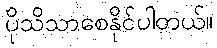
ပိုသိသာစေနိုင်ပါတယ်။